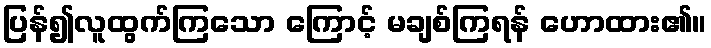
ပြန်၍လူထွက်ကြသော ကြောင့် မချစ်ကြရန် ဟောထား၏။